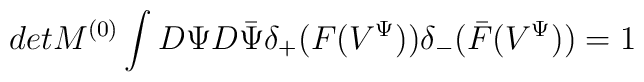
det M^{(0)}\int D\Psi D\bar{\Psi} \delta_+ (F(V^{\Psi}))\delta_- (\bar{F}(V^{\Psi}))=1